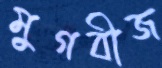
মুগবীজ